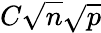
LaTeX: C{\sqrt{n}}{\sqrt{p}}